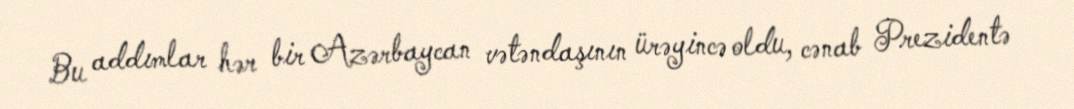
Bu addımlar hər bir Azərbaycan vətəndaşının ürəyincə oldu, cənab Prezidentə